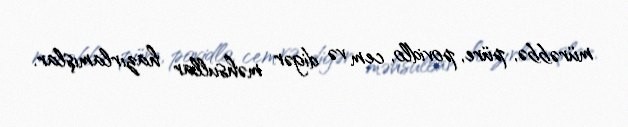
mürəbbə, püre, povidlo, cem və digər məhsullar hazırlamışlar.